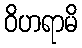
ဝိဟရာမိ